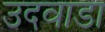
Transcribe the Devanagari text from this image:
उदवाडा